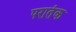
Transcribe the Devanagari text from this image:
परातंक